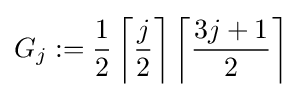
G_{j}:={\frac {1}{2}}\left\lceil {\frac {j}{2}}\right\rceil \left\lceil {\frac {3j+1}{2}}\right\rceil